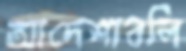
আদেশাবলি